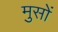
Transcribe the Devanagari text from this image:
मुसों